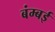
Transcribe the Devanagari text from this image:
बंम्बई